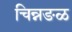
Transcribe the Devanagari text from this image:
चिन्नङळ